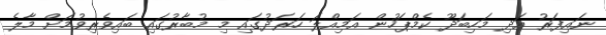
ނައިފަރު އަދި މަހިބަދޫ ކެމްޕަހުން އަމިއްލަ ހަރަދުގައި މި މުބާރުގައި ބައިވެރިވުމަށް މާލެ